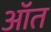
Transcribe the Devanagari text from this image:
ऑत